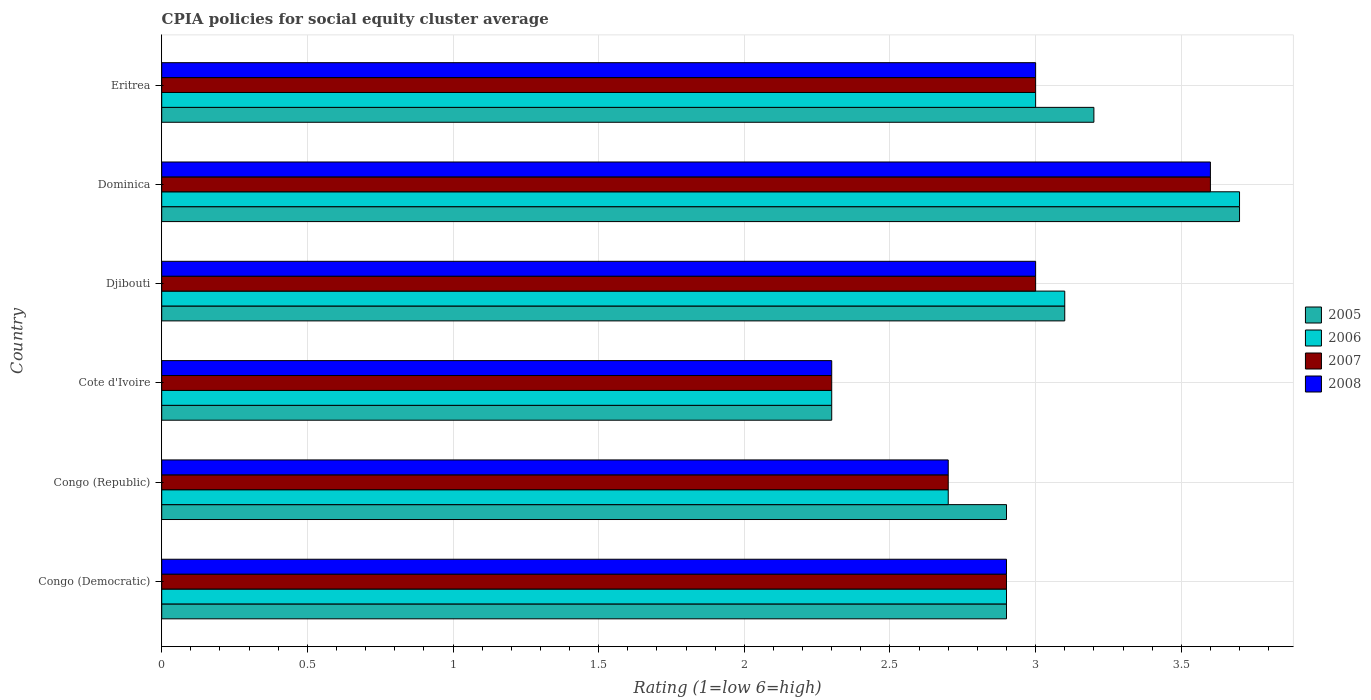
| Country | 2005 | 2006 | 2007 | 2008 |
 | --- | --- | --- | --- | --- |
 | Congo (Democratic) | 2.9 | 2.9 | 2.9 | 2.9 |
 | Congo (Republic) | 2.9 | 2.7 | 2.7 | 2.7 |
 | Cote d'Ivoire | 2.3 | 2.3 | 2.3 | 2.3 |
 | Djibouti | 3.1 | 3.1 | 3 | 3 |
 | Dominica | 3.7 | 3.7 | 3.6 | 3.6 |
 | Eritrea | 3.2 | 3 | 3 | 3 |